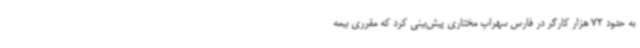
به حدود 72 هزار کارگر در فارس سهراب مختاری پیش‌بینی کرد که مقرری بیمه